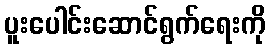
ပူးပေါင်းဆောင်ရွက်ရေးကို